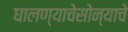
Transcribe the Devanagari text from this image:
घालण्याचेसोन्याचे